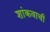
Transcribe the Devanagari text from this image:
शांकवाची